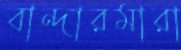
বান্দারমারা